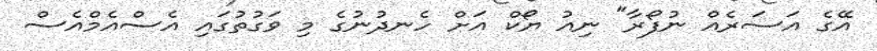
އޭގެ އަސަރެއް ނުފޯރާ" ނިއު ޔޯކް އަށް ހެނދުނުގެ މި ވަގުތުގައި އެސްއެމްއެސް